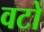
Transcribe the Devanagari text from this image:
वटों